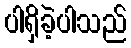
ပါရှိခဲ့ပါသည်